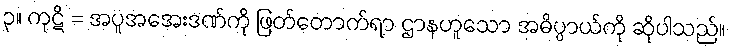
၃။ ကုဋိ = အပူအအေးဒဏ်ကို ဖြတ်တောက်ရာ ဌာနဟူသော အဓိပ္ပာယ်ကို ဆိုပါသည်။